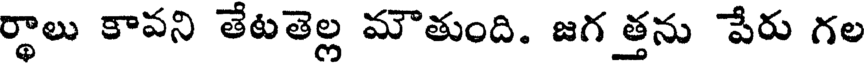
ర్థాలు కావని తేటతెల్ల మౌతుంది. జగ త్తను పేరు గల